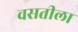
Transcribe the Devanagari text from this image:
वसतीला